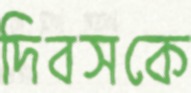
দিবসকে